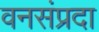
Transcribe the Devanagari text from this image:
वनसंप्रदा